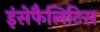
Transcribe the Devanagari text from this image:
इंसेफैलिटिस